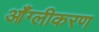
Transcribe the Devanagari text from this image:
आँग्लीकरण